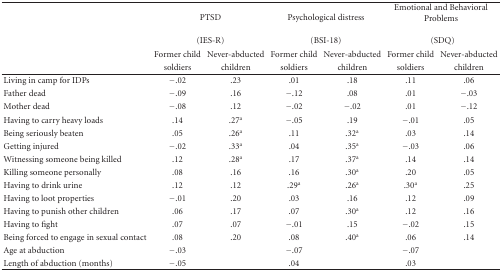
|  | <COLSPAN=2> PTSD | <COLSPAN=2> Psychological distress | <COLSPAN=2> Emotional and Behavioral Problems |
 |  | <COLSPAN=2> (IES-R) | <COLSPAN=2> (BSI-18) | <COLSPAN=2> (SDQ) |
 | <ROWSPAN=2>  | Former child | Never-abducted | Former child | Never-abducted | Former child | Never-abducted |
 | soldiers | children | soldiers | children | soldiers | children |
 | --- | --- | --- | --- | --- | --- | --- |
 | Living in camp for IDPs | −.02 | .23 | .01 | .18 | .11 | .06 |
 | Father dead | −.09 | .16 | −.12 | .08 | .01 | −.03 |
 | Mother dead | −.08 | .12 | −.02 | −.02 | .01 | −.12 |
 | Having to carry heavy loads | .14 | .27a | −.05 | .19 | −.01 | .05 |
 | Being seriously beaten | .05 | .26a | .11 | .32a | .03 | .14 |
 | Getting injured | −.02 | .33a | .04 | .35a | −.03 | .06 |
 | Witnessing someone being killed | .12 | .28a | .17 | .37a | .14 | .14 |
 | Killing someone personally | .08 | .16 | .16 | .30a | .20 | .05 |
 | Having to drink urine | .12 | .12 | .29a | .26a | .30a | .25 |
 | Having to loot properties | −.01 | .20 | .03 | .16 | .12 | .09 |
 | Having to punish other children | .06 | .17 | .07 | .30a | .12 | .16 |
 | Having to fight | .07 | .07 | −.01 | .15 | −.02 | .15 |
 | Being forced to engage in sexual contact | .08 | .20 | .08 | .40a | .06 | .14 |
 | Age at abduction | −.03 |  | −.07 |  | −.07 |  |
 | Length of abduction (months) | −.05 |  | .04 |  | .03 |  |